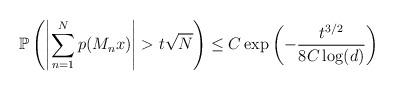
LaTeX: \begin{align*} \mathbb{P}\left(\left|\sum_{n=1}^Np(M_nx)\right|>t\sqrt{N}\right)\leq C\exp\left(-\frac{t^{3/2}}{8C\log(d)}\right)\end{align*}